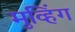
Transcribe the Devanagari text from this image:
मुव्हिंग